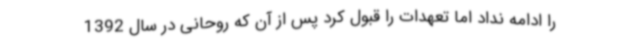
را ادامه نداد اما تعهدات را قبول کرد پس از آن که روحانی در سال 1392